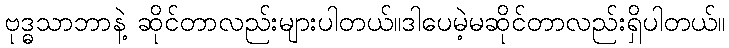
ဗုဒ္ဓသာဘာနဲ့ ဆိုင်တာလည်းများပါတယ်။ဒါပေမဲ့မဆိုင်တာလည်းရှိပါတယ်။